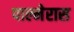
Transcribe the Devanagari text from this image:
पाल्मेरास